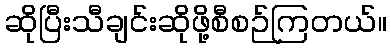
ဆိုပြီးသီချင်းဆိုဖို့စီစဉ်ကြတယ်။